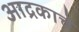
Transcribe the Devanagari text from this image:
आद्रकाचे